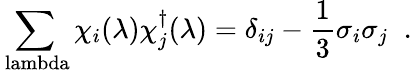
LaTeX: \sum_{\mathrm{\ lambda}}\chi_{i}(\lambda)\chi_{j}^{\dagger}(\lambda)=\delta_{ij}-\frac{1}{3}\sigma_{i}\sigma_{j}\; \; .